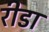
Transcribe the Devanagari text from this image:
रीडा